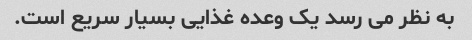
به نظر می رسد یک وعده غذایی بسیار سریع است.